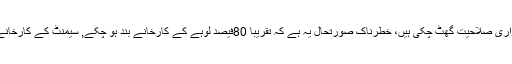
سیمنٹ، سرامکس، آٹو اور تعمیراتی انڈسٹری میں پیداواری صلاحیت گھٹ چکی ہیں، خطرناک صورتحال یہ ہے کہ تقریباً 80فیصد لوہے کے کارخانے بند ہو چکے, سیمنٹ کے کارخانے صرف 30فیصد پیداواری صلاحیت پر چل رہے ہیں۔